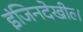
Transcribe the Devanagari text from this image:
इंजिनदेखील